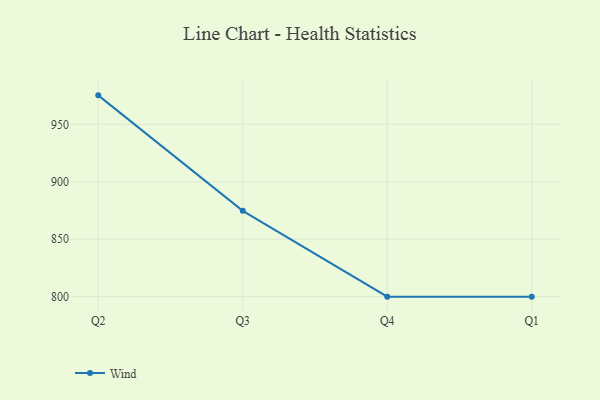
{"axis": {"x": "Quarter", "y": "Backlog"}, "legend": ["Wind"], "data": [{"x": "Q2", "y": 975.2, "type": "Wind"}, {"x": "Q3", "y": 874.7, "type": "Wind"}, {"x": "Q4", "y": 800, "type": "Wind"}, {"x": "Q1", "y": 800, "type": "Wind"}]}